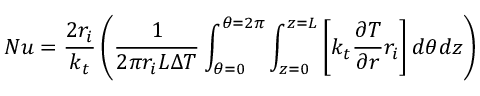
N u = \frac { 2 r _ { i } } { k _ { t } } \left( \frac { 1 } { 2 \pi r _ { i } L \Delta T } \int _ { \theta = 0 } ^ { \theta = 2 \pi } \int _ { z = 0 } ^ { z = L } \left[ k _ { t } \frac { \partial T } { \partial r } r _ { i } \right] d \theta d z \right)